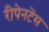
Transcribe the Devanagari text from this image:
रीपेनटेंस